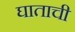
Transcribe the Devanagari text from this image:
घाताची